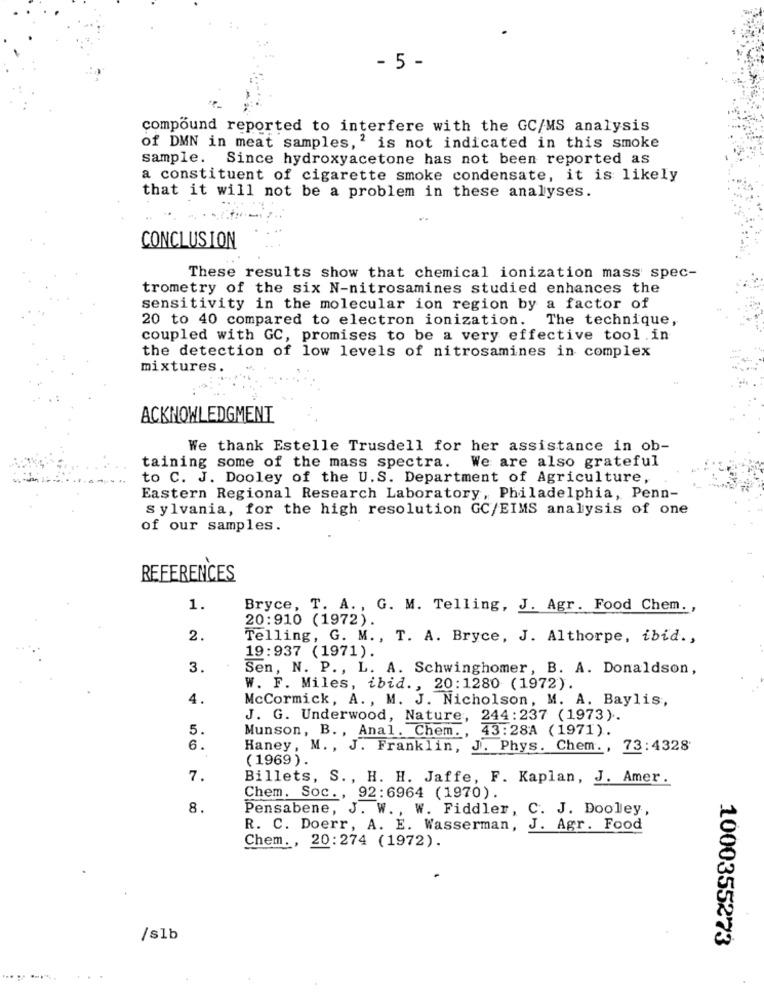
- 5 -
compound reported to interfere with the GC/MS analysis
of DMN in meat samples,' is not indicated in this smoke
sample. Since hydroxyacetone has not been reported as
a constituent of cigarette smoke condensate, it is likely
that it will not be a problem in these analyses.
CONCLUSION
These results show that chemical ionization mass spec-
trometry of the six N-nitrosamines studied enhances the
sensitivity in the molecular ion region by a factor of
20 to 40 compared to electron ionization. The technique,
coupled with GC, promises to be a very effective tool .in
the detection of low levels of nitrosamines in complex
mixtures.
ACKNOWLEDGMENT
We thank Estelle Trusdell for her assistance in ob-
taining some of the mass spectra. We are also grateful
to C. J. Dooley of the U.S. Department of Agriculture,
Eastern Regional Research Laboratory, Philadelphia, Penn-
Sylvania, for the high resolution GC/EIMS analysis of one
of our samples.
REFERENCES
1.
Bryce, T. A ., G. M. Telling, J. Agr. Food Chem .,
20:910 (1972).
2.
Telling, G. M ., T. A. Bryce, J. Althorpe, ibid .,
19:937 (1971).
3.
Sen, N. P ., L. A. Schwinghomer, B. A. Donaldson,
W. F. Miles, ibid ., 20:1280 (1972).
4.
McCormick, A ., M. J. Nicholson, M. A. Baylis,
J. G. Underwood, Nature, 244:237 (1973).
5.
Munson, B ., Anal. Chem ., 43:28A (1971).
6.
Haney, M. , J. Franklin, J. Phys. Chem. , 73:4328
(1969).
7.
Billets, S ., H. H. Jaffe, F. Kaplan, J. Amer.
Chem. Soc ., 92:6964 (1970).
8.
Pensabene, J. W .,
W. Fiddler, C. J. Dooley,
R. C. Doerr, A. E. Wasserman, J. Agr. Food
Chem ., 20:274 (1972).
/s1b
1000355273